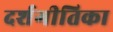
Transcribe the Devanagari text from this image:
दर्शगीतिका